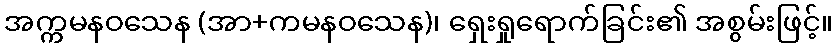
အက္ကမနဝသေန (အာ+ကမနဝသေန)၊ ရှေးရှုရောက်ခြင်း၏ အစွမ်းဖြင့်။